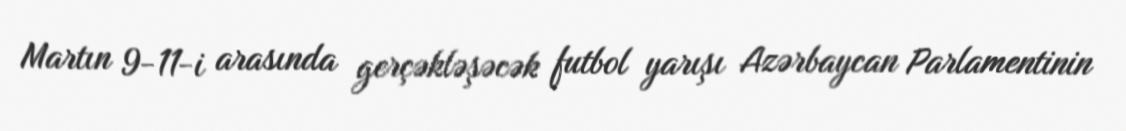
Martın 9-11-i arasında gerçəkləşəcək futbol yarışı Azərbaycan Parlamentinin